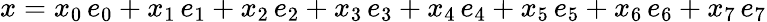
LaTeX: x=x_{0}\, e_{0}+x_{1}\, e_{1}+x_{2}\, e_{2}+x_{3}\, e_{3}+x_{4}\, e_{4}+x_{5}\, e_{5}+x_{6}\, e_{6}+x_{7}\, e_{7}